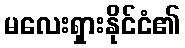
မလေးရှားနိုင်ငံ၏